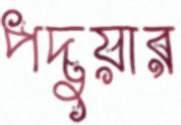
পদুয়ার